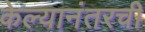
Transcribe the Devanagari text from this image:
केल्यानंतरची